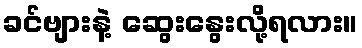
ခင်ဗျားနဲ့ ဆွေးနွေးလို့ရလား။